Indian journal of veterinary science and animal husbandry - Volumes 18-21, 1948-1951
Year: 1948
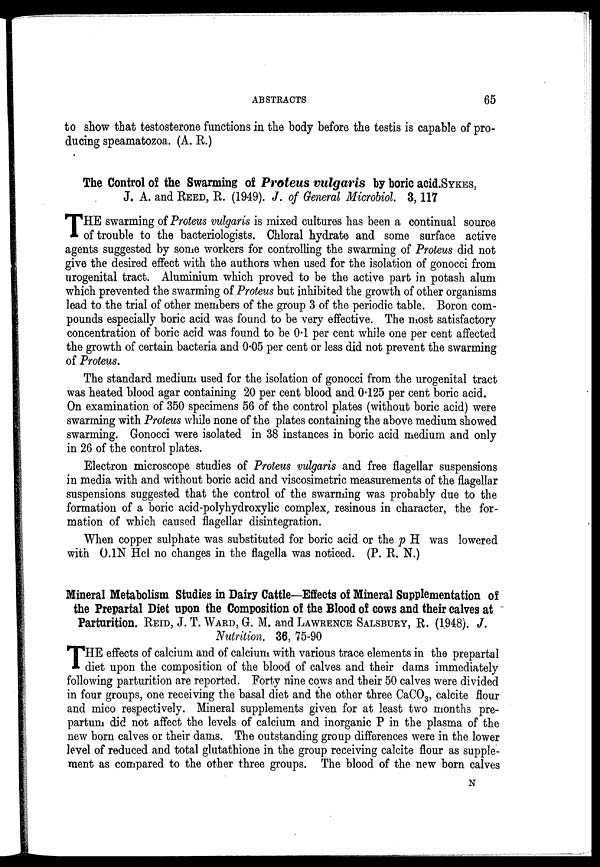
ABSTRACTS
65
to show that testosterone functions in the body before the testis is capable of pro-
ducing speamatozoa. (A. R.)
The Control of the Swarming of Proteus vulgaris by boric acid.SYKES,
J. A. and REED, R. (1949). J. of General Microbiol. 3, 117
T HE swarming of Proteus vulgaris is mixed cultures has been a continual source
of trouble to the bacteriologists. Chloral hydrate and some surface active
agents suggested by some workers for controlling the swarming of Proteus did not
give the desired effect with the authors when used for the isolation of gonocci from
urogenital tract. Aluminium which proved to be the active part in potash alum
which prevented the swarming of Proteus but inhibited the growth of other organisms
lead to the trial of other members of the group 3 of the periodic table. Boron com-
pounds especially boric acid was found to be very effective. The most satisfactory
concentration of boric acid was found to be 0.1 per cent while one per cent affected
the growth of certain bacteria and 0.05 per cent or less did not prevent the swarming
of Proteus.
The standard medium used for the isolation of gonocci from the urogenital tract
was heated blood agar containing 20 per cent blood and 0.125 per cent boric acid.
On examination of 350 specimens 56 of the control plates (without boric acid) were
swarming with Proteus while none of the plates containing the above medium showed
swarming. Gonocci were isolated in 38 instances in boric acid medium and only
in 26 of the control plates.
Electron microscope studies of Proteus vulgaris and free flagellar suspensions
in media with and without boric acid and viscosimetric measurements of the flagellar
suspensions suggested that the control of the swarming was probably due to the
formation of a boric acid-polyhydroxylic complex, resinous in character, the for-
mation of which caused flagellar disintegration.
When copper sulphate was substituted for boric acid or the p H was lowered
with 0.1N Hcl no changes in the flagella was noticed. (P. R. N.)
Mineral Metabolism Studies in Dairy Cattle—Effects of Mineral Supplementation of
the Prepartal Diet upon the Composition of the Blood of cows and their calves at
Parturition. REID, J. T. WARD, G. M. and LAWRENCE SALSBURY, R. (1948). J.
Nutrition. 36, 75-90
T HE effects of calcium and of calcium with various trace elements in the prepartal
diet upon the composition of the blood of calves and their dams immediately
following parturition are reported. Forty nine cows and their 50 calves were divided
in four groups, one receiving the basal diet and the other three CaCO 3 , calcite flour
and mico respectively. Mineral supplements given for at least two months pre-
partum did not affect the levels of calcium and inorganic P in the plasma of the
new born calves or their dams. The outstanding group differences were in the lower
level of reduced and total glutathione in the group receiving calcite flour as supple-
ment as compared to the other three groups. The blood of the new born calves
N